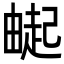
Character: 𬏌